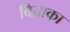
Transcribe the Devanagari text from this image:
बिताका